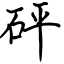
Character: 砰